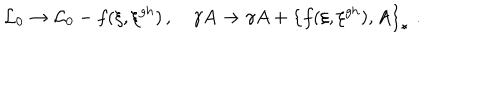
{ \mathcal { L } _ { 0 } } \rightarrow { \mathcal { L } _ { 0 } } - f ( \xi , \xi ^ { g h } ) \, , \quad \gamma A \rightarrow \gamma A + \left\{ f ( \xi , \xi ^ { g h } ) , A \right\} _ { \star } \, \, .